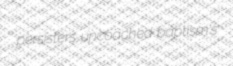
persisters uncoached baptism's